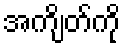
အကျိတ်ကို